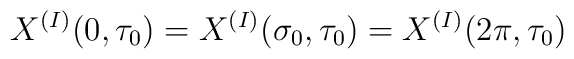
X^{(I)}(0,\tau_0) = X^{(I)}(\sigma_0, \tau_0) = X^{(I)}(2\pi,\tau_0)